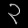
Digit: ၃